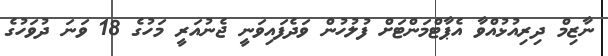
ނާޒިމް ދިރިއުޅުއްވާ އެޕާޓްމަންޓަށް ފުލުހުން ވަދެފައިވަނީ ޖެނުއަރީ މަހުގެ 18 ވަނަ ދުވަހުގެ